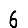
Digit: 6